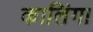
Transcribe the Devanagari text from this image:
कालिंगा